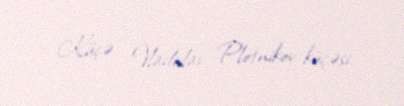
Küçə - Vladislav Plotnikov küçəsi